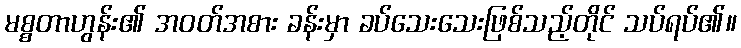
မစ္စတာဟွန်း၏ အဝတ်အစား ခန်းမှာ ခပ်သေးသေးဖြစ်သည့်တိုင် သပ်ရပ်၏။